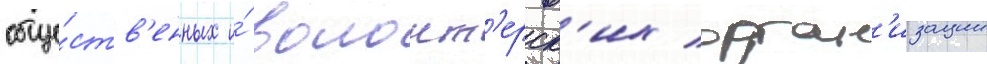
обще́ств'енных и́ волонт'ерск'их орган'изации